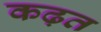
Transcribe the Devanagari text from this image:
कढ़त